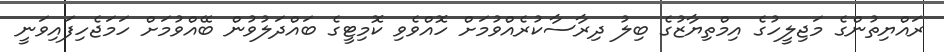
ރައްޔިތުންގެ މަޖިލީހުގެ އިމްތިޔާޒުގެ ބިލު ދިރާސާކުރެއްވުމަށް ހޮއްވެވި ކޮމިޓީގެ ބައްދަލުވުން ބޭއްވުމަށް ހަމަޖެހިފައިވަނީ